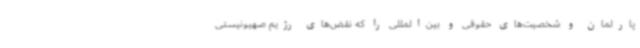
پارلمان و شخصیت‌های حقوقی و بین‌المللی را که نقض‌های رژیم صهیونیستی